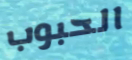
الحبوب